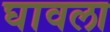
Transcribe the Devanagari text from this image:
घावला